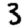
Digit: 3